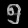
Digit: ၅